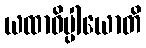
ယထာဓိပ္ပါယောတိ